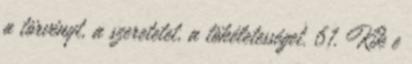
a törvényt, a szeretetet, a tökéletességet. 61. Kik e